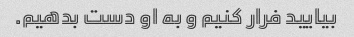
بیایید فرار کنیم و به او دست بدهیم.